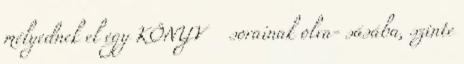
mélyednek el egy KÖNYV sorainak olva- sásába, szinte